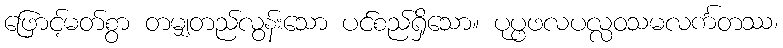
ဖြောင့်မတ်စွာ တမျှတည်လွန်းသော ပင်စည်ရှိသော။ ပုပ္ဖဖလပလ္လဝသမလင်္ကတဿ၊